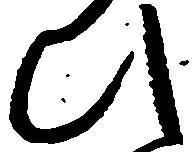
ひ